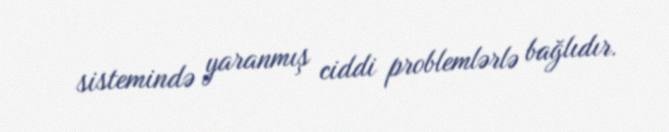
sistemində yaranmış ciddi problemlərlə bağlıdır.